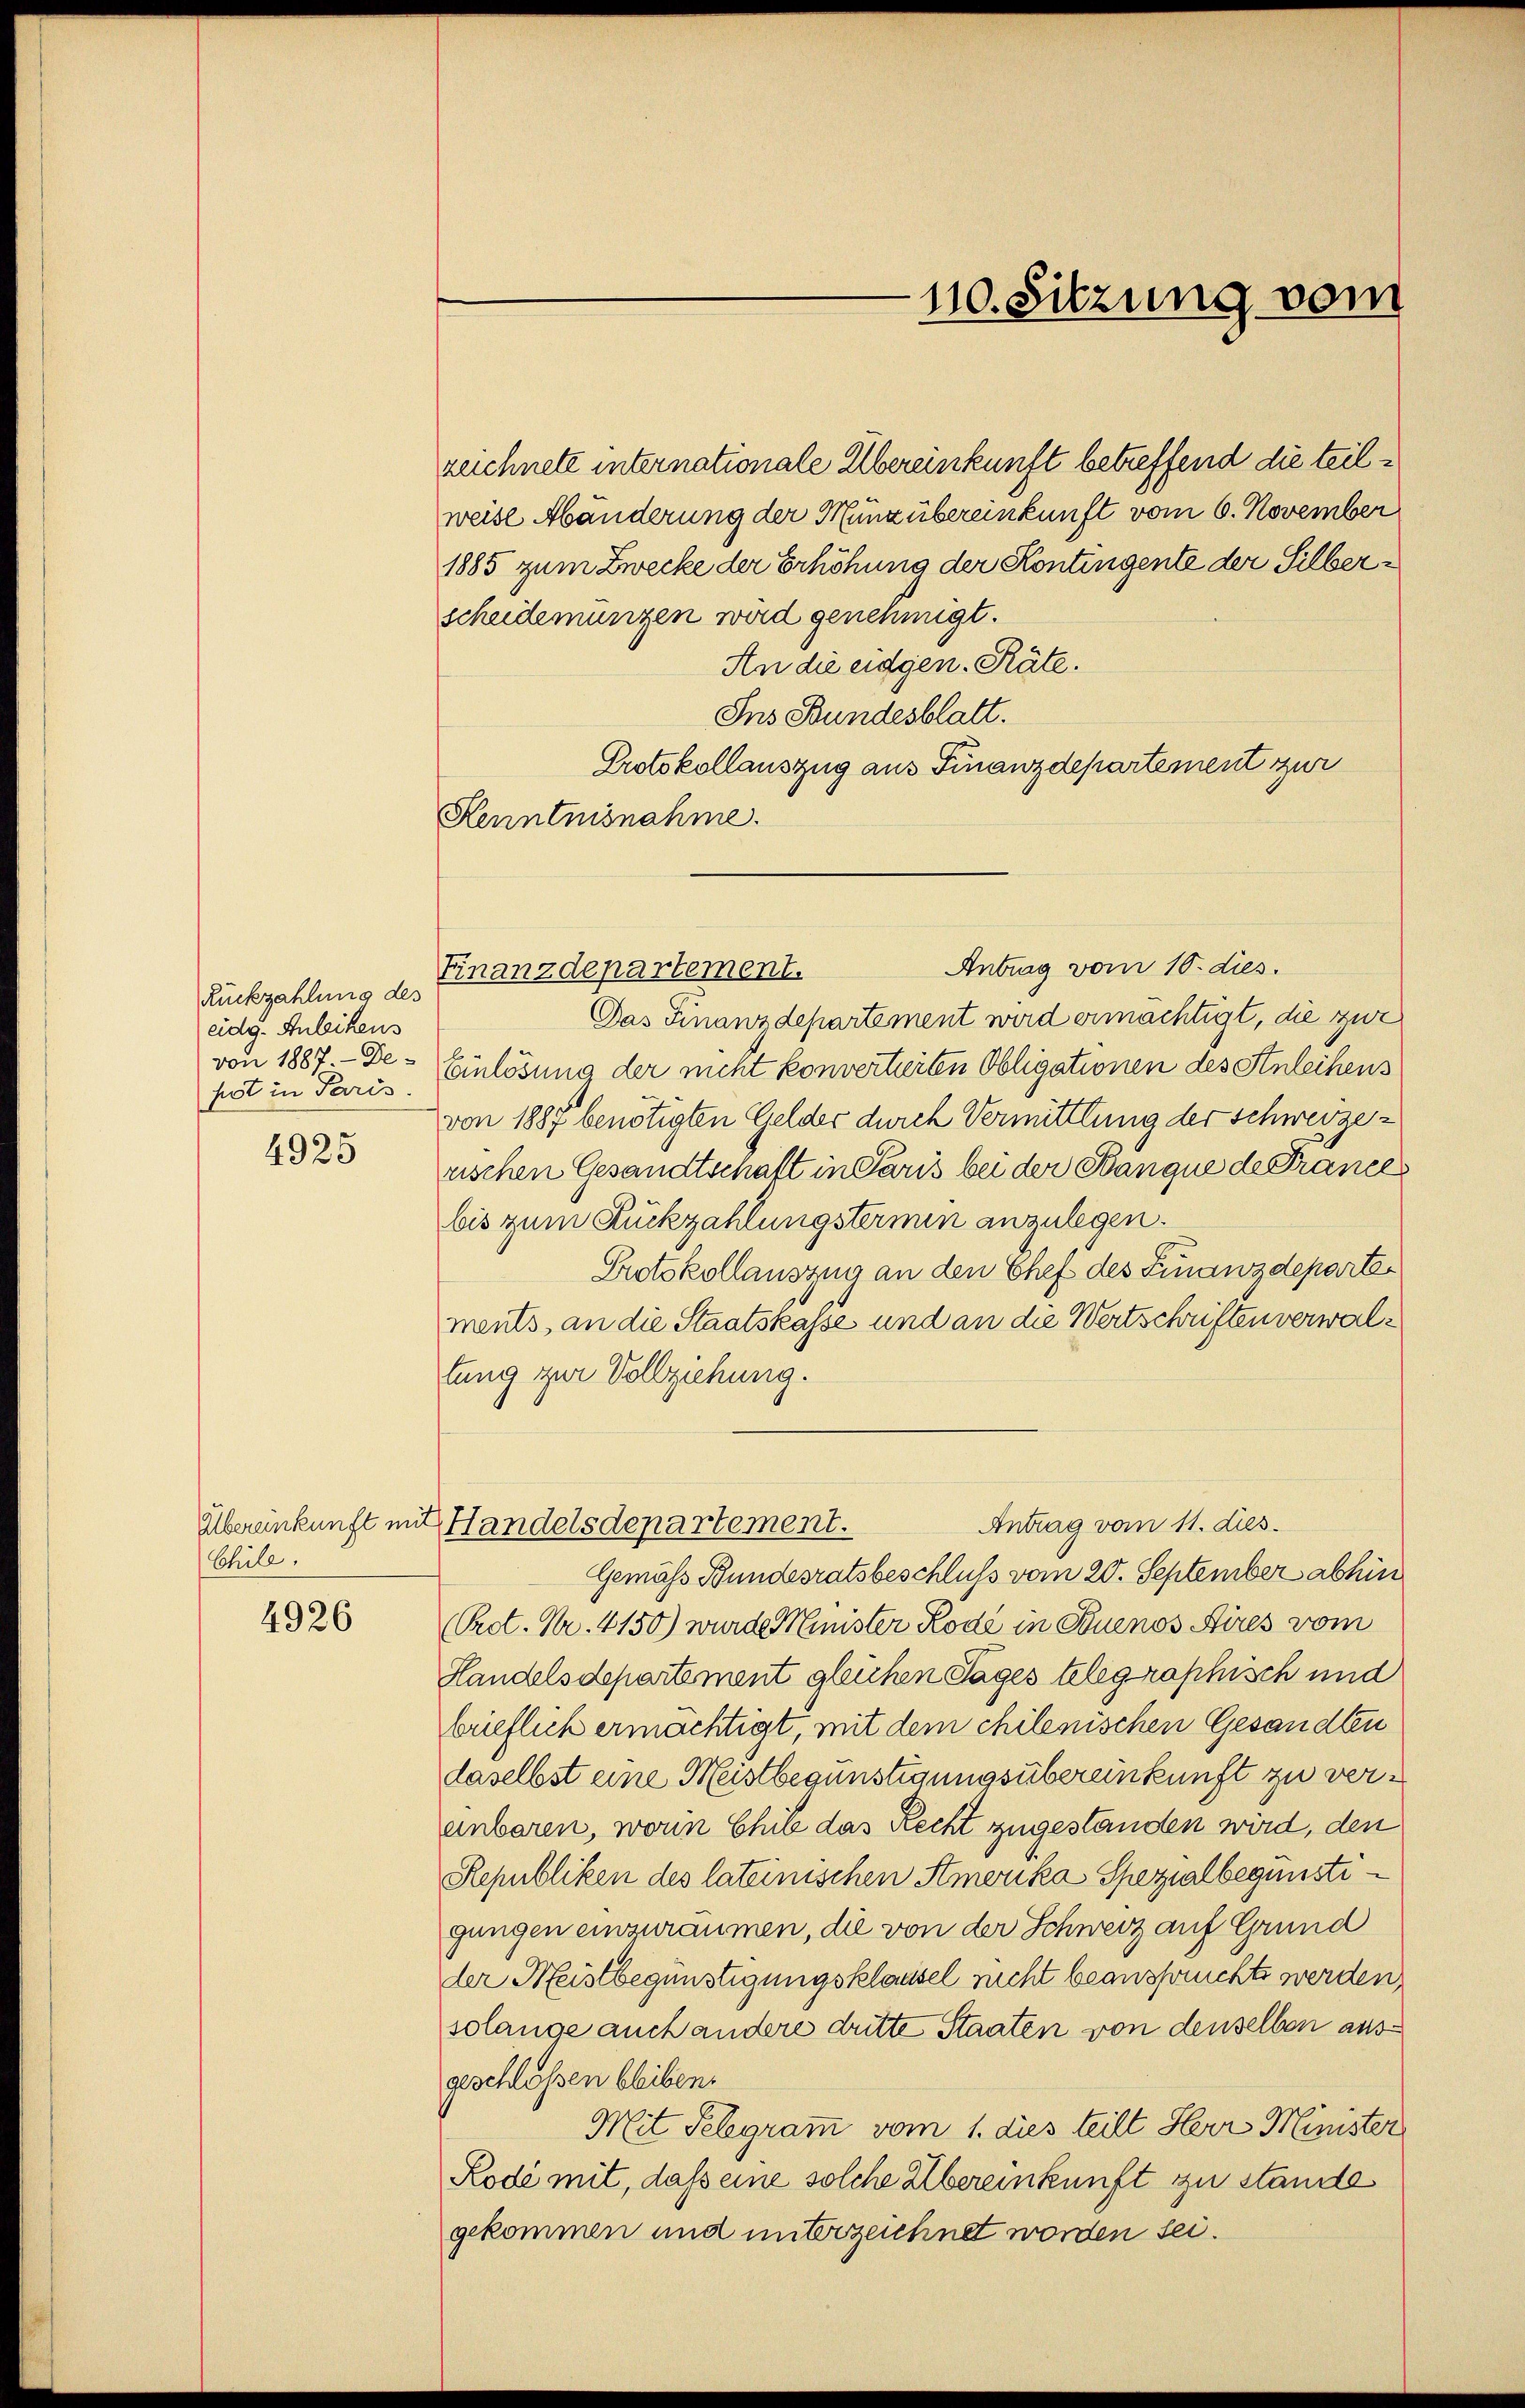
Rückzahlung des
eidg. Anleihens
von 1887 - De-
pot in Paris.

4925

Chile.

4926

zeichnete internationale Übereinkunft betreffend die teilweise Abänderung der Munzübereinkunft vom 6. November
1885 zum Zwecke der Erhöhung der Kontingente der Silberscheidemünzen wird genehmigt.
An die eidgen. Räte.
Ins Bundesblatt.
Protokollauszug aus Finanzdepartement zur
Kenntnisnahme.

Antrag vom 10. dies.
Finanzdepartement.
Das Finanzdepartement wird ermächtigt, die zur
Einlösung der nicht konvertierten Obligationen des Anleihens
von 1887 benötigten Gelder durch Vermittlung der Schweizerischen Gesandtschaft in Paris bei der Banque de Prances
bis zum Rückzahlungstermin anzulegen.
Pietskollauszug an den Chef des Finanzdepartements, an die Staatskasse und an die Wertschriften verwaltung zur Vollziehung.
Antrag vom 11. dies.
Gemäss Bundesratsbeschluss vom 20. September abhin
(Pret. Nr. 4150) wurde Minister Rode in Buenos Aires vom
Handelsdepartement gleichen Tages telegraphisch und
brieflich ermächtigt, mit dem chilenischen Gesandten
daselbst eine Meistbegünstigungsübereinkunft zu vereinbaren, worin Chile das Recht zugestanden wird, den
Republiken des lateinischen Stmerika Spezialbegünstigungen einzuräumen, die von der Schweiz auf Grund
der Meistbegünstigungsklausel nicht beanspruchte werden,
solange auch andere dritte Staaten von denselben ausgeschlossen bleiben.
Mit Selegramm vom 1. dies teilt Herr Minister
Rode mit, dass eine solche Übereinkunft zu stande
gekommen und unterzeichnet worden sei.

Übereinkunft mit Handelsdepartement.

110. Sitzung vom